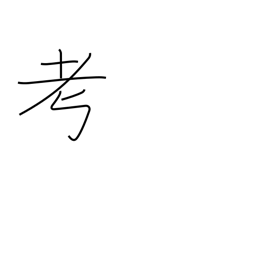
Meaning: think over